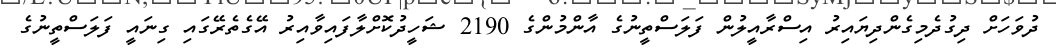
ދުވަހަށް ދިގުދެމިގެންދިޔައިރު އިސްރާއީލުން ފަލަސްތީނުގެ އާންމުންގެ 2190 ޝަހީދުކޮށްލާފައިވާއިރު އޭގެތެރޭގައި ގިނައީ ފަލަސްތީނުގެ